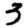
Digit: 3